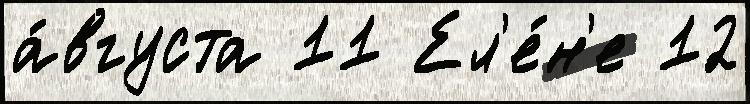
а́вгуста 11 Ел'е́н'е 12